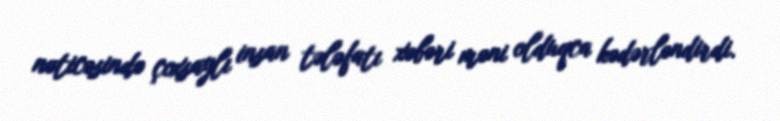
nəticəsində çoxsaylı insan tələfatı xəbəri məni olduqca kədərləndirdi.